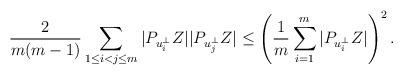
LaTeX: \begin{align*}\frac{2}{m(m-1)}\sum_{1\le i<j\le m}|P_{u_i^\bot}Z||P_{u_j^\bot}Z|\le\left(\frac{1}{m}\sum_{i=1}^m|P_{u_i^\bot}Z|\right)^2.\end{align*}